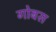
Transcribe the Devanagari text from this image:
गोबस